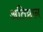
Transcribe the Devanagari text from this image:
अतिष्ठान